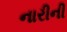
નારીની